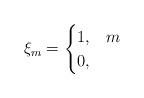
LaTeX: \begin{align*}\xi_m=\begin{cases}1, & m \\0 , & \end{cases} \end{align*}